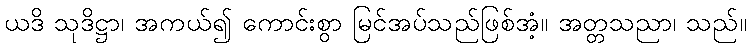
ယဒိ သုဒိဋ္ဌာ၊ အကယ်၍ ကောင်းစွာ မြင်အပ်သည်ဖြစ်အံ့။ အတ္တသညာ၊ သည်။